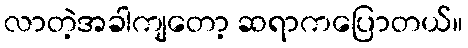
လာတဲ့အခါကျတော့ ဆရာကပြောတယ်။